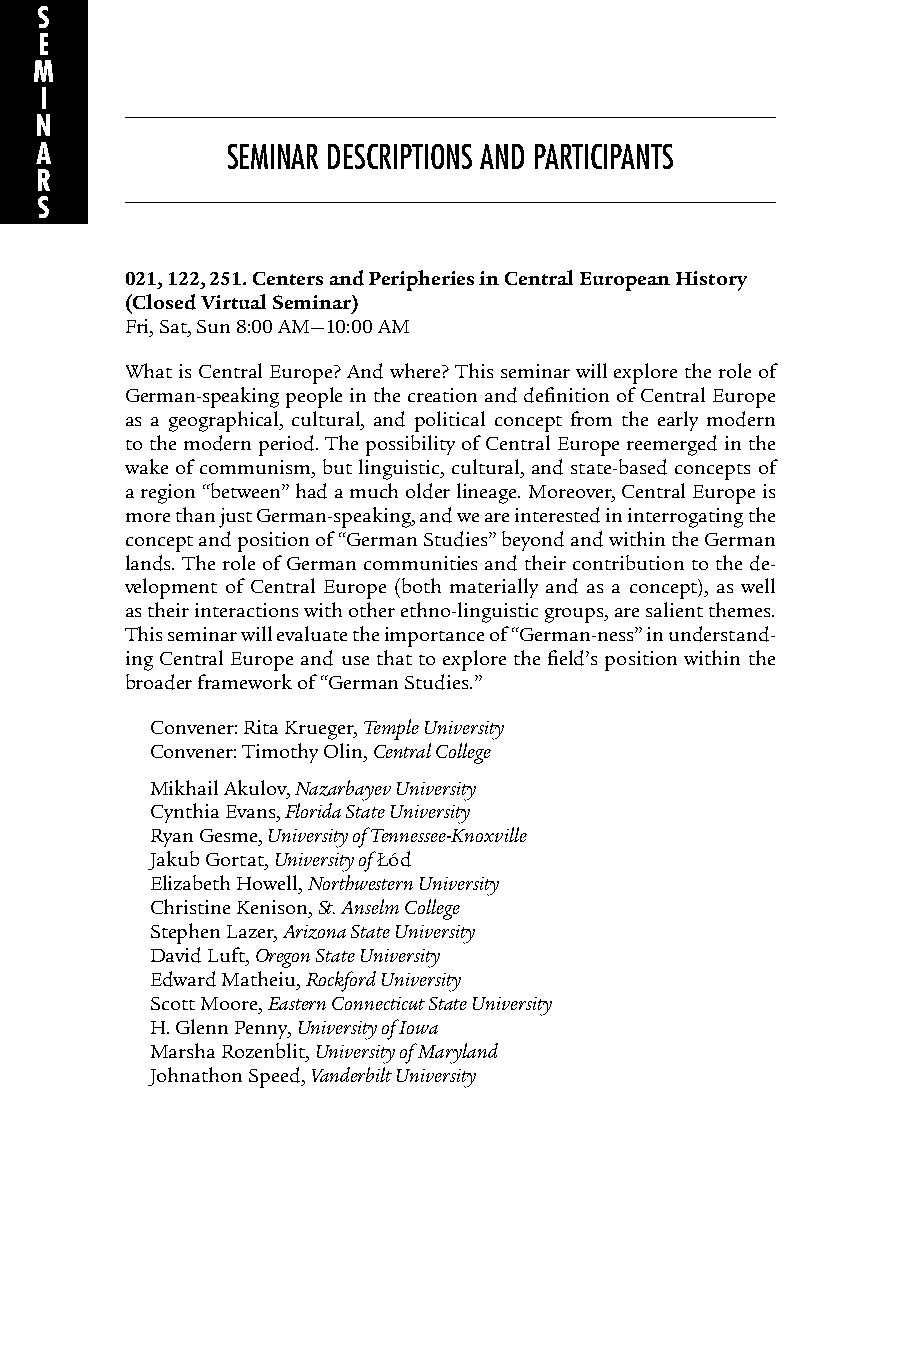
S
 E
 M
 SEMINAR DESCRIPTIONS AND PARTICIPANTS
 I
 N
 A            SEMINAR DESCRIPTIONS AND PARTICIPANTS
 R
 S
 021, 122, 251. Centers and Peripheries in Central European History
 (Closed Virtual Seminar)
 Fri, Sat, Sun 8:00 AM—10:00 AM
 What is Central Europe? And where? This seminar will explore the role of
 German-speaking people in the creation and definition of Central Europe
 as a geographical, cultural, and political concept from the early modern
 to the modern period. The possibility of Central Europe reemerged in the
 wake of communism, but linguistic, cultural, and state-based concepts of
 a region “between” had a much older lineage. Moreover, Central Europe is
 more than just German-speaking, and we are interested in interrogating the
 concept and position of “German Studies” beyond and within the German
 lands. The role of German communities and their contribution to the de-
 velopment of Central Europe (both materially and as a concept), as well
 as their interactions with other ethno-linguistic groups, are salient themes.
 This seminar will evaluate the importance of “German-ness” in understand-
 ing Central Europe and use that to explore the field’s position within the
 broader framework of “German Studies.”
 Convener: Rita Krueger, Temple University
 Convener: Timothy Olin, Central College
 Mikhail Akulov, Nazarbayev University
 Cynthia Evans, Florida State University
 Ryan Gesme, University of Tennessee-Knoxville
 Jakub Gortat, University of Łódź
 Elizabeth Howell, Northwestern University
 Christine Kenison, St. Anselm College
 Stephen Lazer, Arizona State University
 David Luft, Oregon State University
 Edward Matheiu, Rockford University
 Scott Moore, Eastern Connecticut State University
 H.Glenn Penny, University of Iowa
 Marsha Rozenblit, University of Maryland
 Johnathon Speed, Vanderbilt University